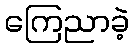
ကြေညာခဲ့